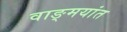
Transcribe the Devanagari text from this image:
वाङ्‌मयांत